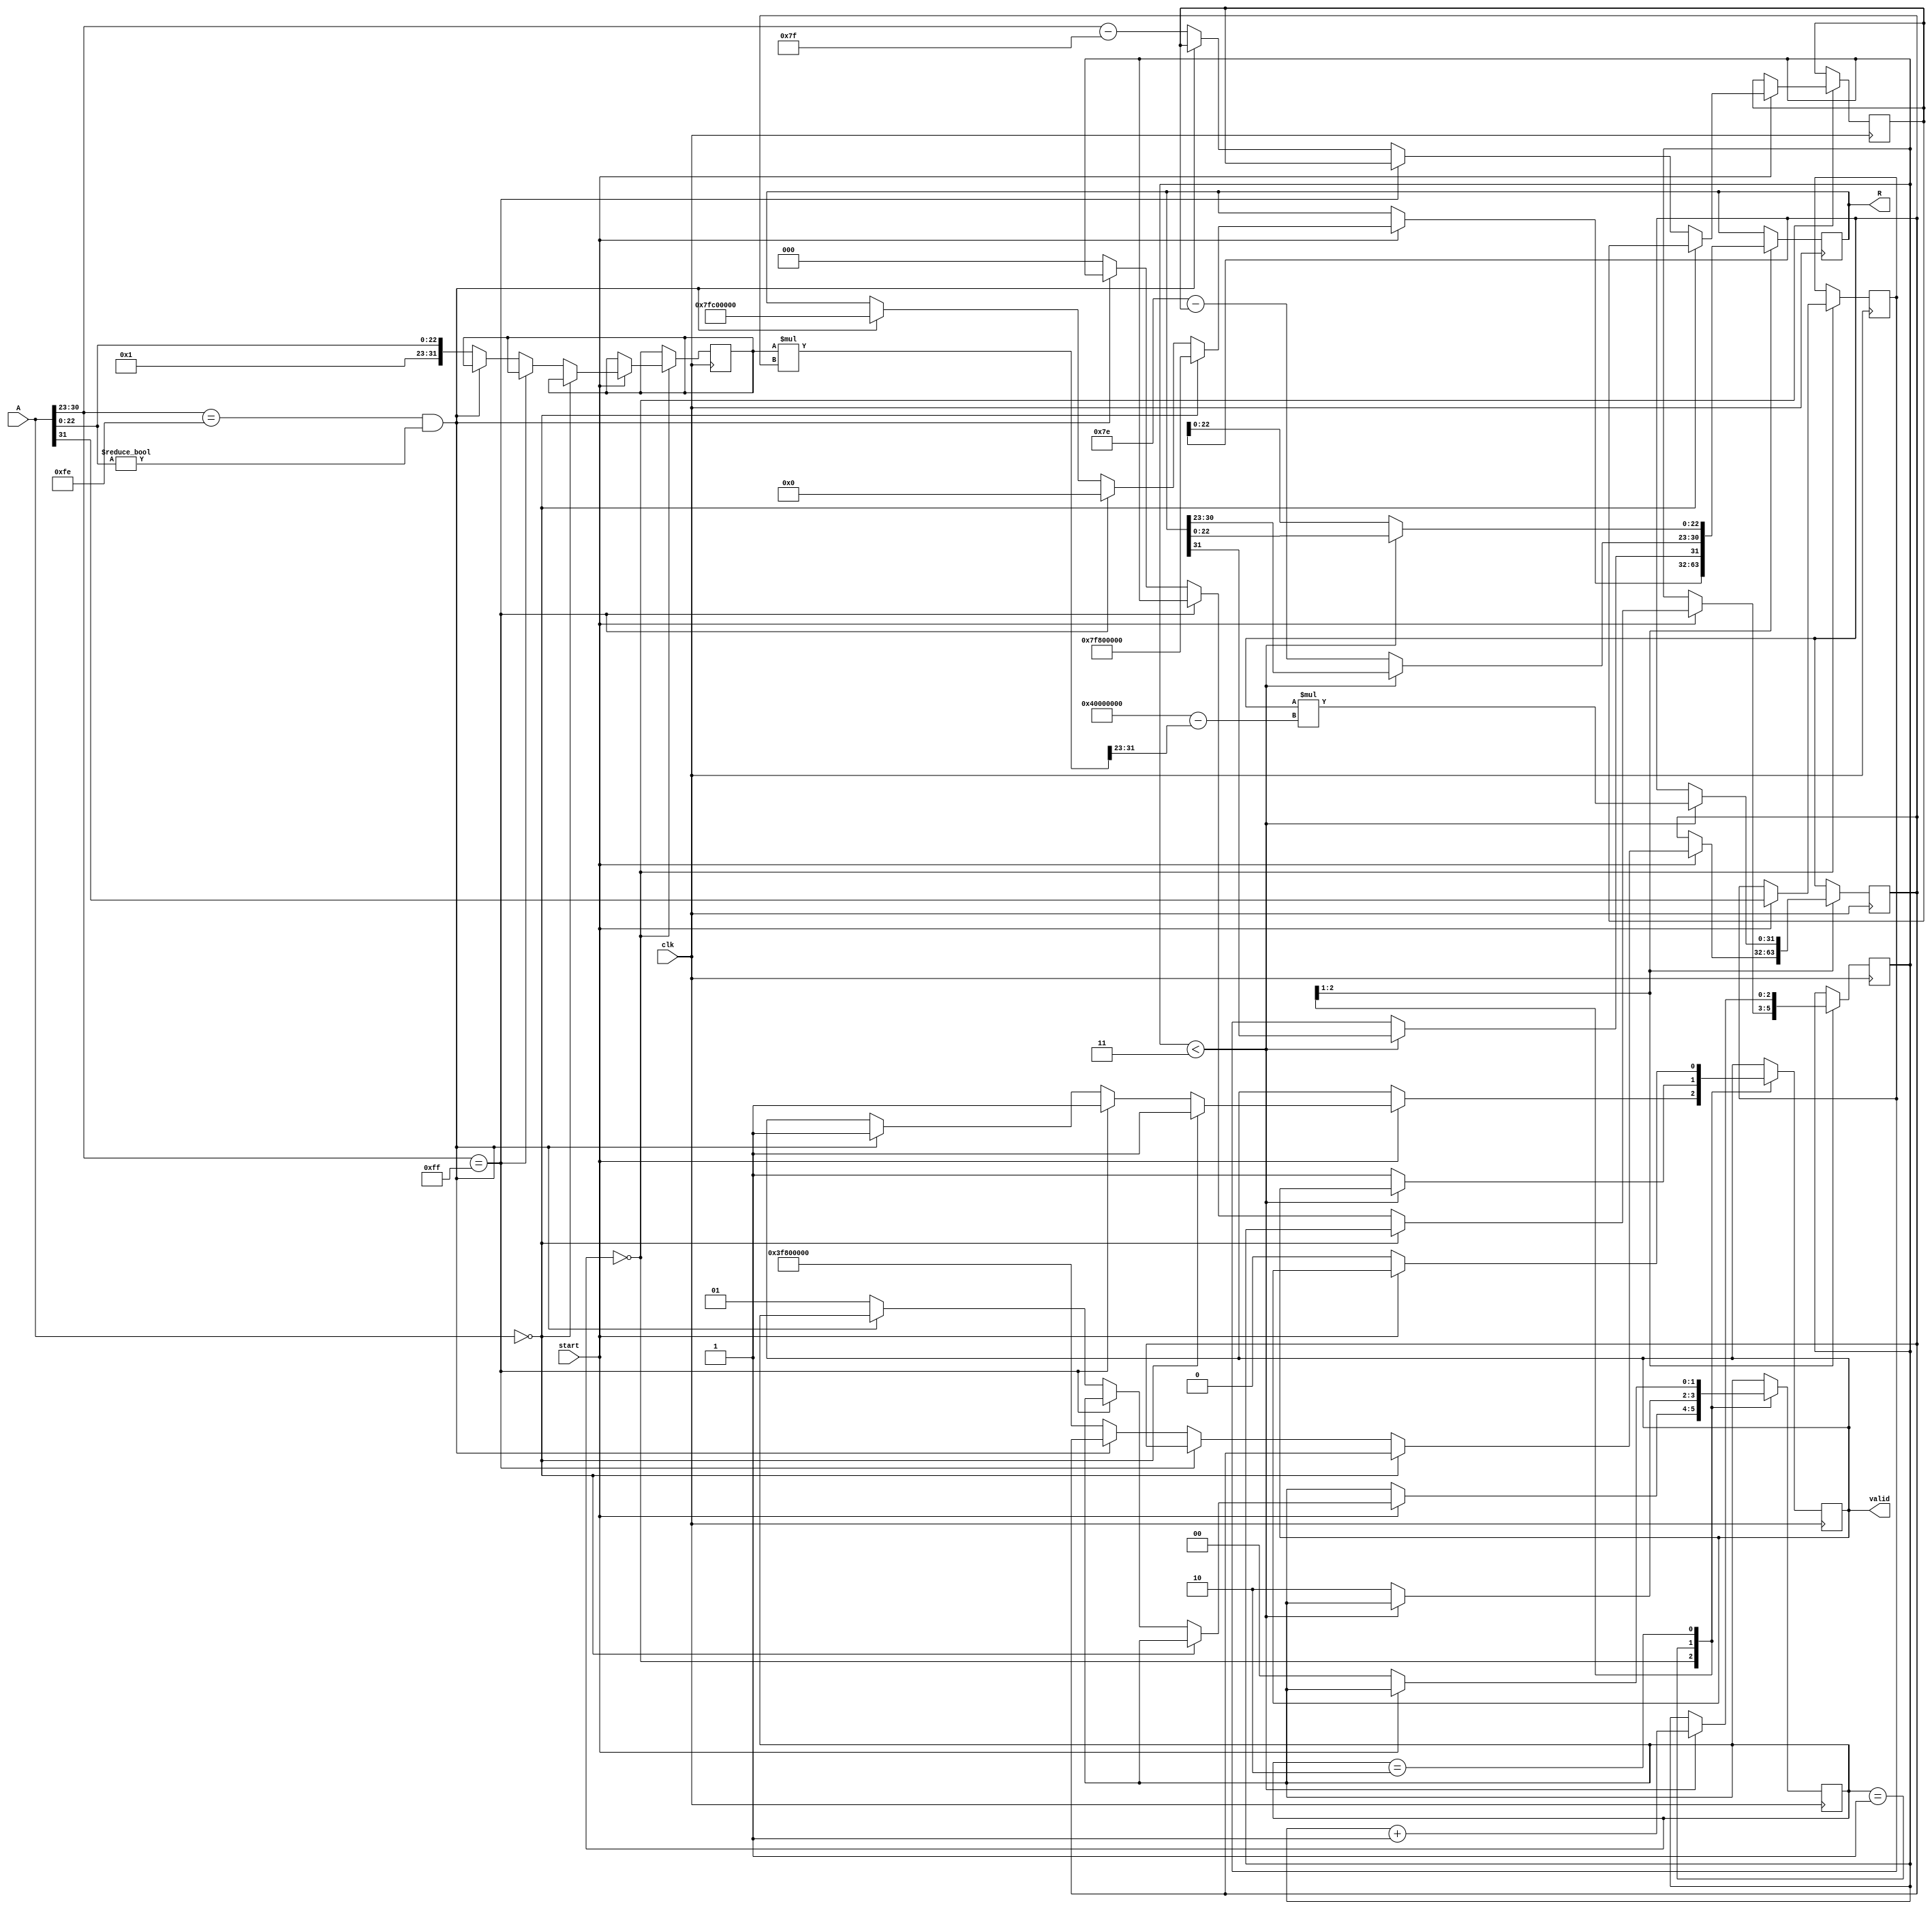
module floating_point_reciprocal (
    input wire [31:0] A,          // Input: 32-bit single-precision floating-point number
    input wire clk,               // Clock signal
    input wire start,             // Start signal for computation
    output reg [31:0] R,          // Output: 32-bit reciprocal
    output reg valid              // Output valid signal
);

    // Internal signals
    reg [7:0] exponent;
    reg [23:0] mantissa;
    reg sign;
    reg [31:0] x_n;               // Current guess for 1/A
    reg [31:0] A_normalized;      // Normalized input A
    reg [7:0] exp_A;              // Exponent of A
    reg [23:0] mant_A;            // Mantissa of A
    reg [2:0] iteration_count;    // Iteration counter
    reg [1:0] state;              // State machine for control

    // State definitions
    localparam IDLE = 2'b00;
    localparam CALC = 2'b01;
    localparam DONE = 2'b10;

    // Initial values
    initial begin
        R = 32'b0;
        valid = 1'b0;
        iteration_count = 3'b0;
        state = IDLE;
    end

    // Input parsing and state machine
    always @(posedge clk) begin
        case (state)
            IDLE: begin
                if (start) begin
                    // Parse input A
                    sign = A[31];
                    exp_A = A[30:23];
                    mant_A = {1'b1, A[22:0]}; // Add implicit leading 1

                    // Handle special cases
                    if (A == 32'b0) begin
                        R <= 32'h7F800000; // Infinity
                        valid <= 1'b1;
                    end else if (A[30:23] == 8'hFF) begin
                        R <= 32'b0; // Zero for infinity
                        valid <= 1'b1;
                    end else if (A[30:23] == 8'hFE && A[22:0] != 23'b0) begin
                        R <= 32'h7FC00000; // NaN
                        valid <= 1'b1;
                    end else begin
                        // Normalize A
                        A_normalized = mant_A;
                        exponent = exp_A - 127; // Adjust exponent
                        // Initial guess for 1/A
                        x_n = 32'h3F800000; // Initial guess (1.0)
                        iteration_count = 3'b0;
                        state = CALC;
                    end
                end
            end

            CALC: begin
                if (iteration_count < 3) begin
                    // Newton-Raphson iteration
                    x_n <= x_n * (32'h40000000 - (A_normalized * x_n >> 23)); // x_n * (2 - A * x_n)
                    iteration_count <= iteration_count + 1;
                end else begin
                    // Finalize result
                    // Normalize the result
                    R[31] = sign; // Set sign
                    R[30:23] = 8'd126 - exponent; // Adjust exponent for reciprocal
                    R[22:0] = x_n[22:0]; // Set mantissa
                    valid <= 1'b1;
                    state <= DONE;
                end
            end

            DONE: begin
                // Wait for next start signal
                if (!start) begin
                    state <= IDLE;
                    valid <= 1'b0;
                end
            end
        endcase
    end
endmodule